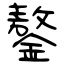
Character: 鏊